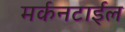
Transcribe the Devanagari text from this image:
मर्कनटाईल